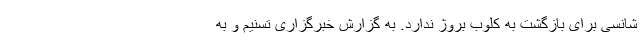
شانسی برای بازگشت به کلوب بروژ ندارد. به گزارش خبرگزاری تسنیم و به